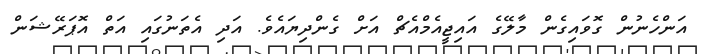
އަންހެނުން ގޮވައިގެން މާލޭގެ އައިޖީއެމްއެޗް އަށް ގެންދިޔައެވެ. އަދި އެތަނުގައި އަތް އޮޕަރޭޝަން